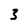
Character: 3